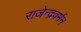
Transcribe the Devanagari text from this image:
राजेन्द्रवर्मन